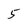
Character: 5